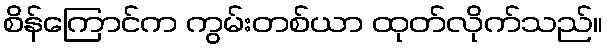
စိန်ကြောင်က ကွမ်းတစ်ယာ ထုတ်လိုက်သည်။